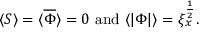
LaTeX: \langle S \rangle = \langle \overline { { \Phi } } \rangle = 0 \, \, \mathrm { a n d } \, \, \langle | \Phi | \rangle = \xi _ { x } ^ { \frac { 1 } { 2 } } .